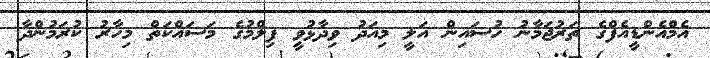
އެމްއެންޑީއެފްގެ ތަރުޖަމާނު ހުސައިން އަލީ މިއަދު ވިދާޅުވީ ފިލްމުގެ މަސައްކަތް މިހާރު ކުރަމުންދާ